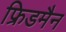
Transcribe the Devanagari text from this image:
फ्रिडमैन